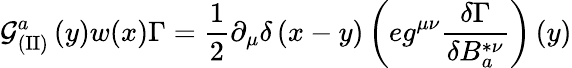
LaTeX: {\cal G}_{(\mathrm{II})}^{a}\left(y\right)w(x)\Gamma=\frac 12\partial_{\mu}\delta\left(x-y\right)\left(eg^{\mu\nu}\frac{\delta\Gamma}{\delta B_{a}^{*\nu}}\right)\left(y\right)